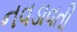
નવડાવતી